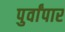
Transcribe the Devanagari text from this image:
पुर्वांपार